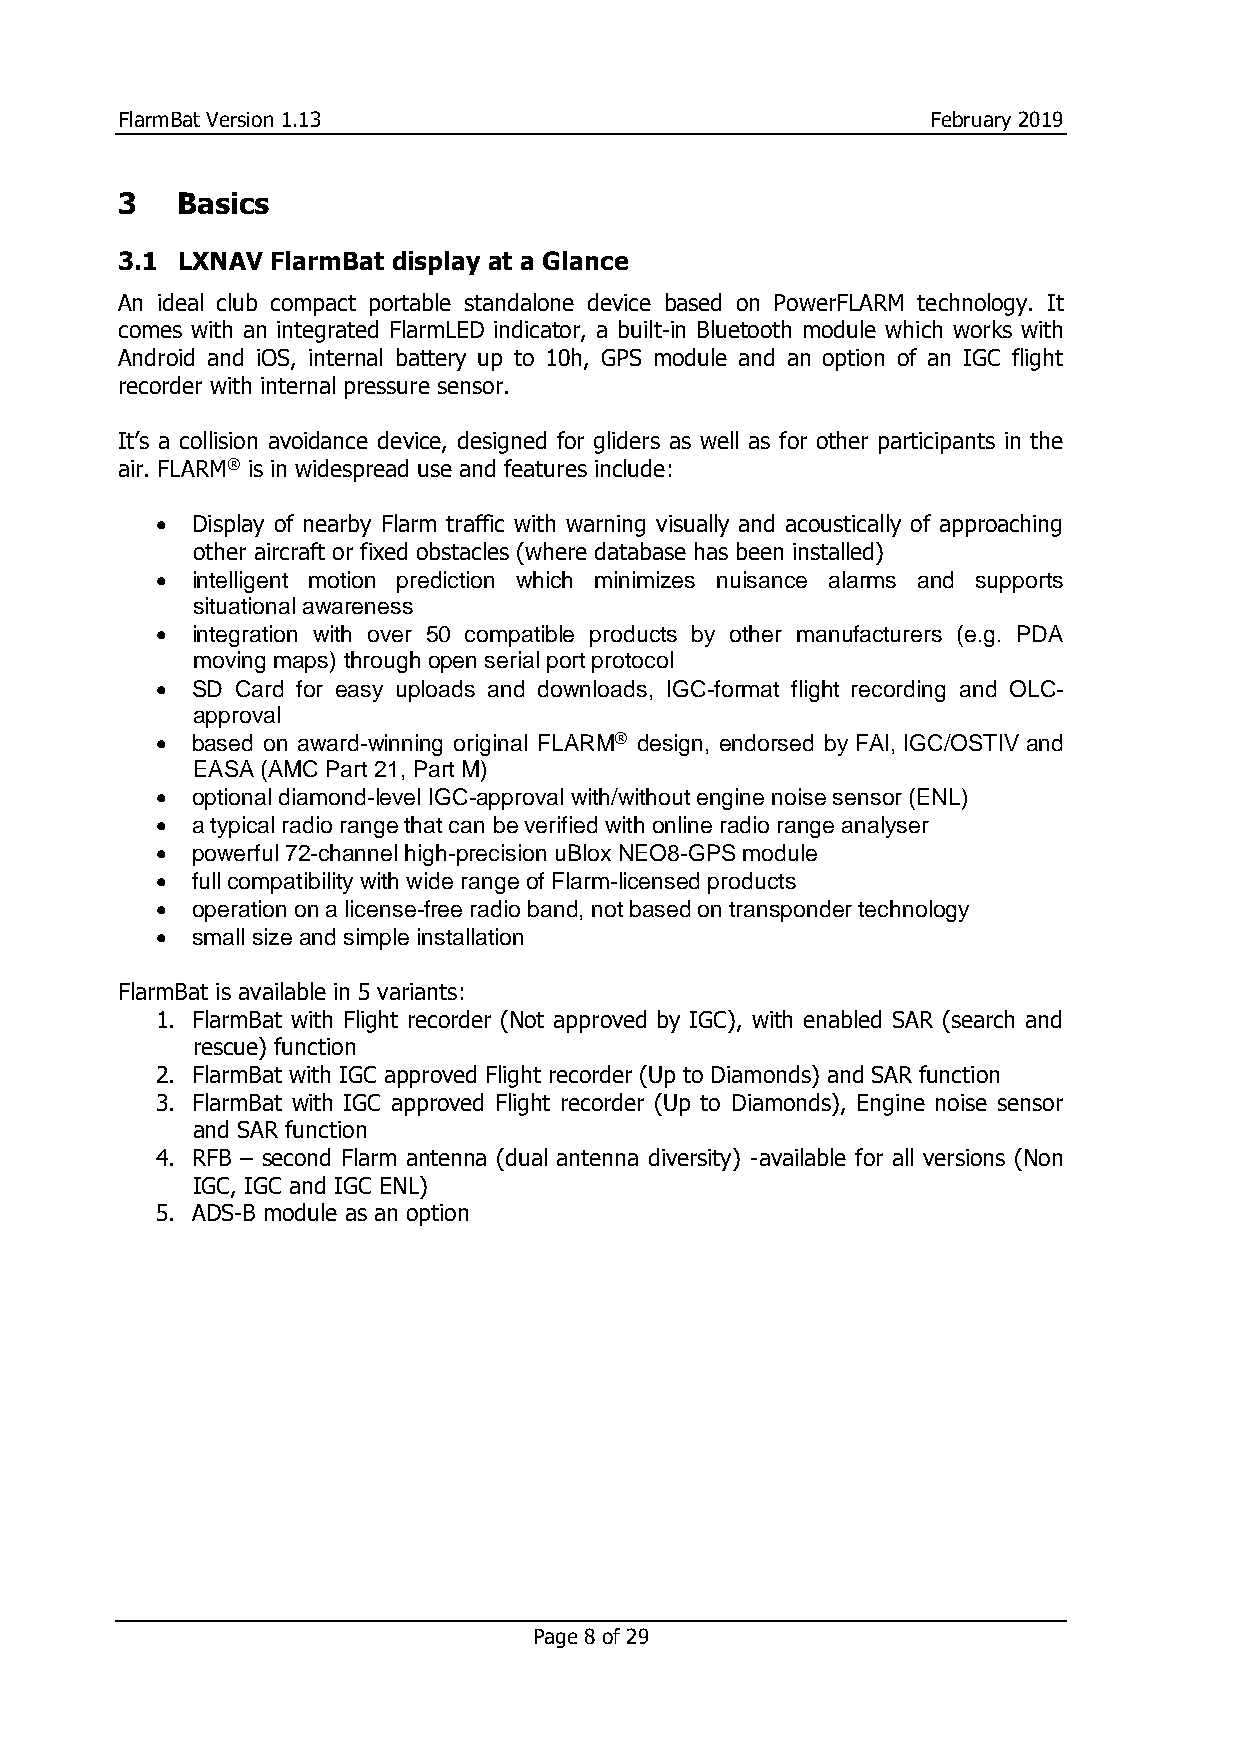
FlarmBat Version 1.13                                 February 2019
 3   Basics
 3.1 LXNAV FlarmBat display at a Glance
 An ideal club compact portable standalone device based on PowerFLARM technology. It
 comes with an integrated FlarmLED indicator, a built-in Bluetooth module which works with
 Android and iOS, internal battery up to 10h, GPS module and an option of an IGC flight
 recorder with internal pressure sensor.
 It’s a collision avoidance device, designed for gliders as well as for other participants in the
 air. FLARM® is in widespread use and features include:
 •  Display of nearby Flarm traffic with warning visually and acoustically of approaching
 other aircraft or fixed obstacles (where database has been installed)
 •  intelligent motion prediction which minimizes nuisance alarms and supports
 situational awareness
 •  integration with over 50 compatible products by other manufacturers (e.g. PDA
 moving maps) through open serial port protocol
 •  SD Card for easy uploads and downloads, IGC-format flight recording and OLC-
 approval
 •  based on award-winning original FLARM® design, endorsed by FAI, IGC/OSTIV and
 EASA (AMC Part 21, Part M)
 •  optional diamond-level IGC-approval with/without engine noise sensor (ENL)
 •  a typical radio range that can be verified with online radio range analyser
 •  powerful 72-channel high-precision uBlox NEO8-GPS module
 •  full compatibility with wide range of Flarm-licensed products
 •  operation on a license-free radio band, not based on transponder technology
 •  small size and simple installation
 FlarmBat is available in 5 variants:
 1. FlarmBat with Flight recorder (Not approved by IGC), with enabled SAR (search and
 rescue) function
 2. FlarmBat with IGC approved Flight recorder (Up to Diamonds) and SAR function
 3. FlarmBat with IGC approved Flight recorder (Up to Diamonds), Engine noise sensor
 and SAR function
 4. RFB – second Flarm antenna (dual antenna diversity) -available for all versions (Non
 IGC, IGC and IGC ENL)
 5. ADS-B module as an option
 Page 8 of 29